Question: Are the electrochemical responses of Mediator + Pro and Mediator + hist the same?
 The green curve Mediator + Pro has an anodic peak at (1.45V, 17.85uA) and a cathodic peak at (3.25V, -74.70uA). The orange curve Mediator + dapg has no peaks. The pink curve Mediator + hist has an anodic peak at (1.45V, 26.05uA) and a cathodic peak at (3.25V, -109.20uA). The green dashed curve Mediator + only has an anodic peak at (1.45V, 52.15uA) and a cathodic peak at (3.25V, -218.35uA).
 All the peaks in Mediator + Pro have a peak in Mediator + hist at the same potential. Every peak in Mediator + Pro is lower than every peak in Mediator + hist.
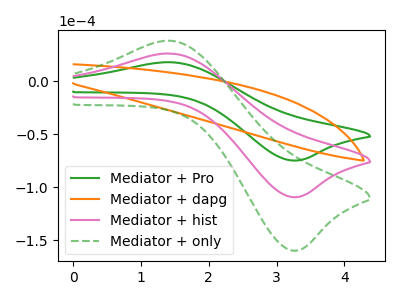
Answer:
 <answer>"Mediator + Pro" and "Mediator + hist" are similar in shape.</answer>
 <eval>same_shape</eval>